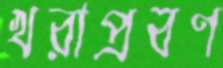
খরাপ্রবণ